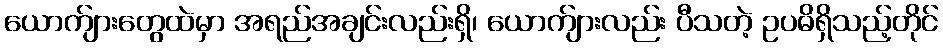
ယောက်ျားတွေထဲမှာ အရည်အချင်းလည်းရှိ၊ ယောက်ျားလည်း ပီသတဲ့ ဥပဓိရှိသည့်တိုင်